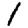
Digit: 1